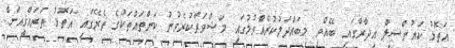
އަތޮޅު ކައުންސިލް އިދާރާގައި ބޭއްވި މިބައްދަލުކުރެއްވުމުގައި މަޝްވަރާކުރެވުނު ކަންތައްތަކުގެ ތެރޭގައި އަތޮޅު ތަރައްޤީއަށް